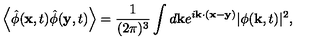
\left< \hat { \phi } ( { \bf x } , t ) \hat { \phi } ( { \bf y } , t ) \right> = \frac { 1 } { ( 2 \pi ) ^ { 3 } } \int d { \bf k } e ^ { i { \bf k } \cdot ( { \bf x } - { \bf y } ) } | \phi ( { \bf k } , t ) | ^ { 2 } ,